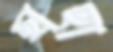
ছাহা